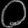
Digit: ၀